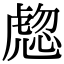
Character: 𧇰